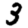
Digit: 3